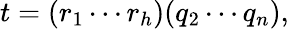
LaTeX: t=(r_{1}\cdots r_{h})(q_{2}\cdots q_{n}),